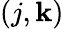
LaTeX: (j,\mathbf{k})